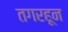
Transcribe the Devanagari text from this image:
तगरहून